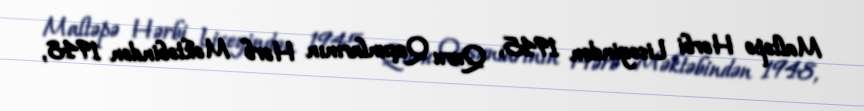
Maltəpə Hərbi Liseyindən 1945, Quru Qoşunlarının Hərb Məktəbindən 1948,